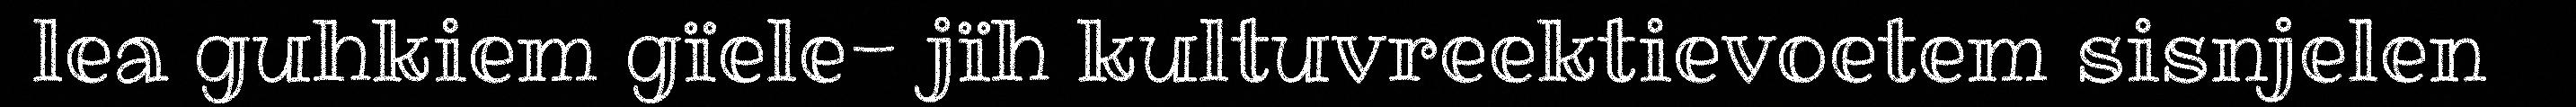
lea guhkiem gïele- jïh kultuvreektievoetem sisnjelen